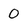
Character: 0